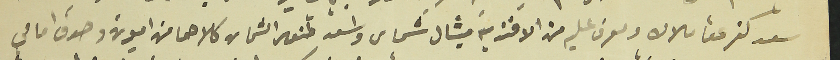
سعد كفرعقا ملاك ومعرف عليه من الافندية ميشال شماس واسعد طنوس الشماس كلاهما من اميون وصدق امامي